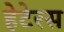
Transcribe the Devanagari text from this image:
हेटेरस